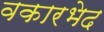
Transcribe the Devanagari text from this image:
वकारभेद